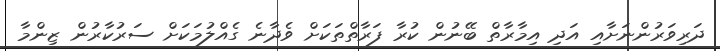
ދަރިވަރުންނަށާއި އަދި އިމާރާތް ބޭނުން ކުރާ ފަރާތްތަކަށް ވެދާނެ ގެއްލުމަކަށް ސަރުކާރުން ޒިންމާ